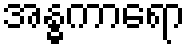
အန္ဓကာရော